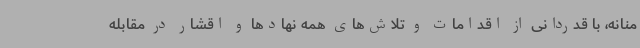
منانه، با قدردانی از اقدامات و تلاش‌های همه نهادها و اقشار در مقابله